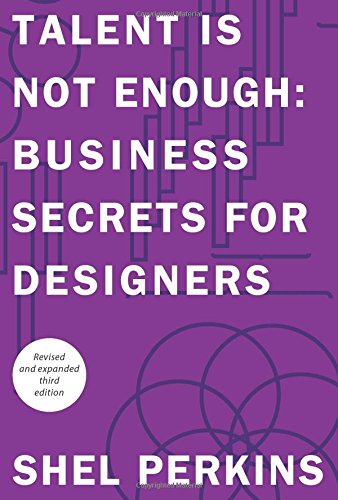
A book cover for Talent is Not Enough: Business Secrets for Designers (3rd Edition) (Graphic Design & Visual Communication Courses); Shel Perkins; Computers & Technology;